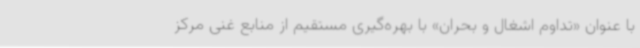
با عنوان «تداوم اشغال و بحران» با بهره‌گیری مستقیم از منابع غنی مرکز